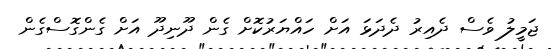
ޖަމީލު ވެސް ދެއިރު ދެދަަޅަ އަށް ހައްޔަރުކޮށް ގެން ދޫނިދޫ އަށް ގެންގޮސްގެން